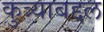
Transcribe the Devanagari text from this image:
कुत्र्याबद्दल